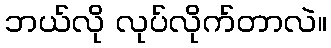
ဘယ်လို လုပ်လိုက်တာလဲ။